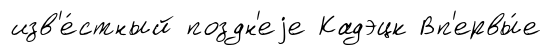
изв'е́стный поздн'еjе Кадэцк Вп'ервы́е